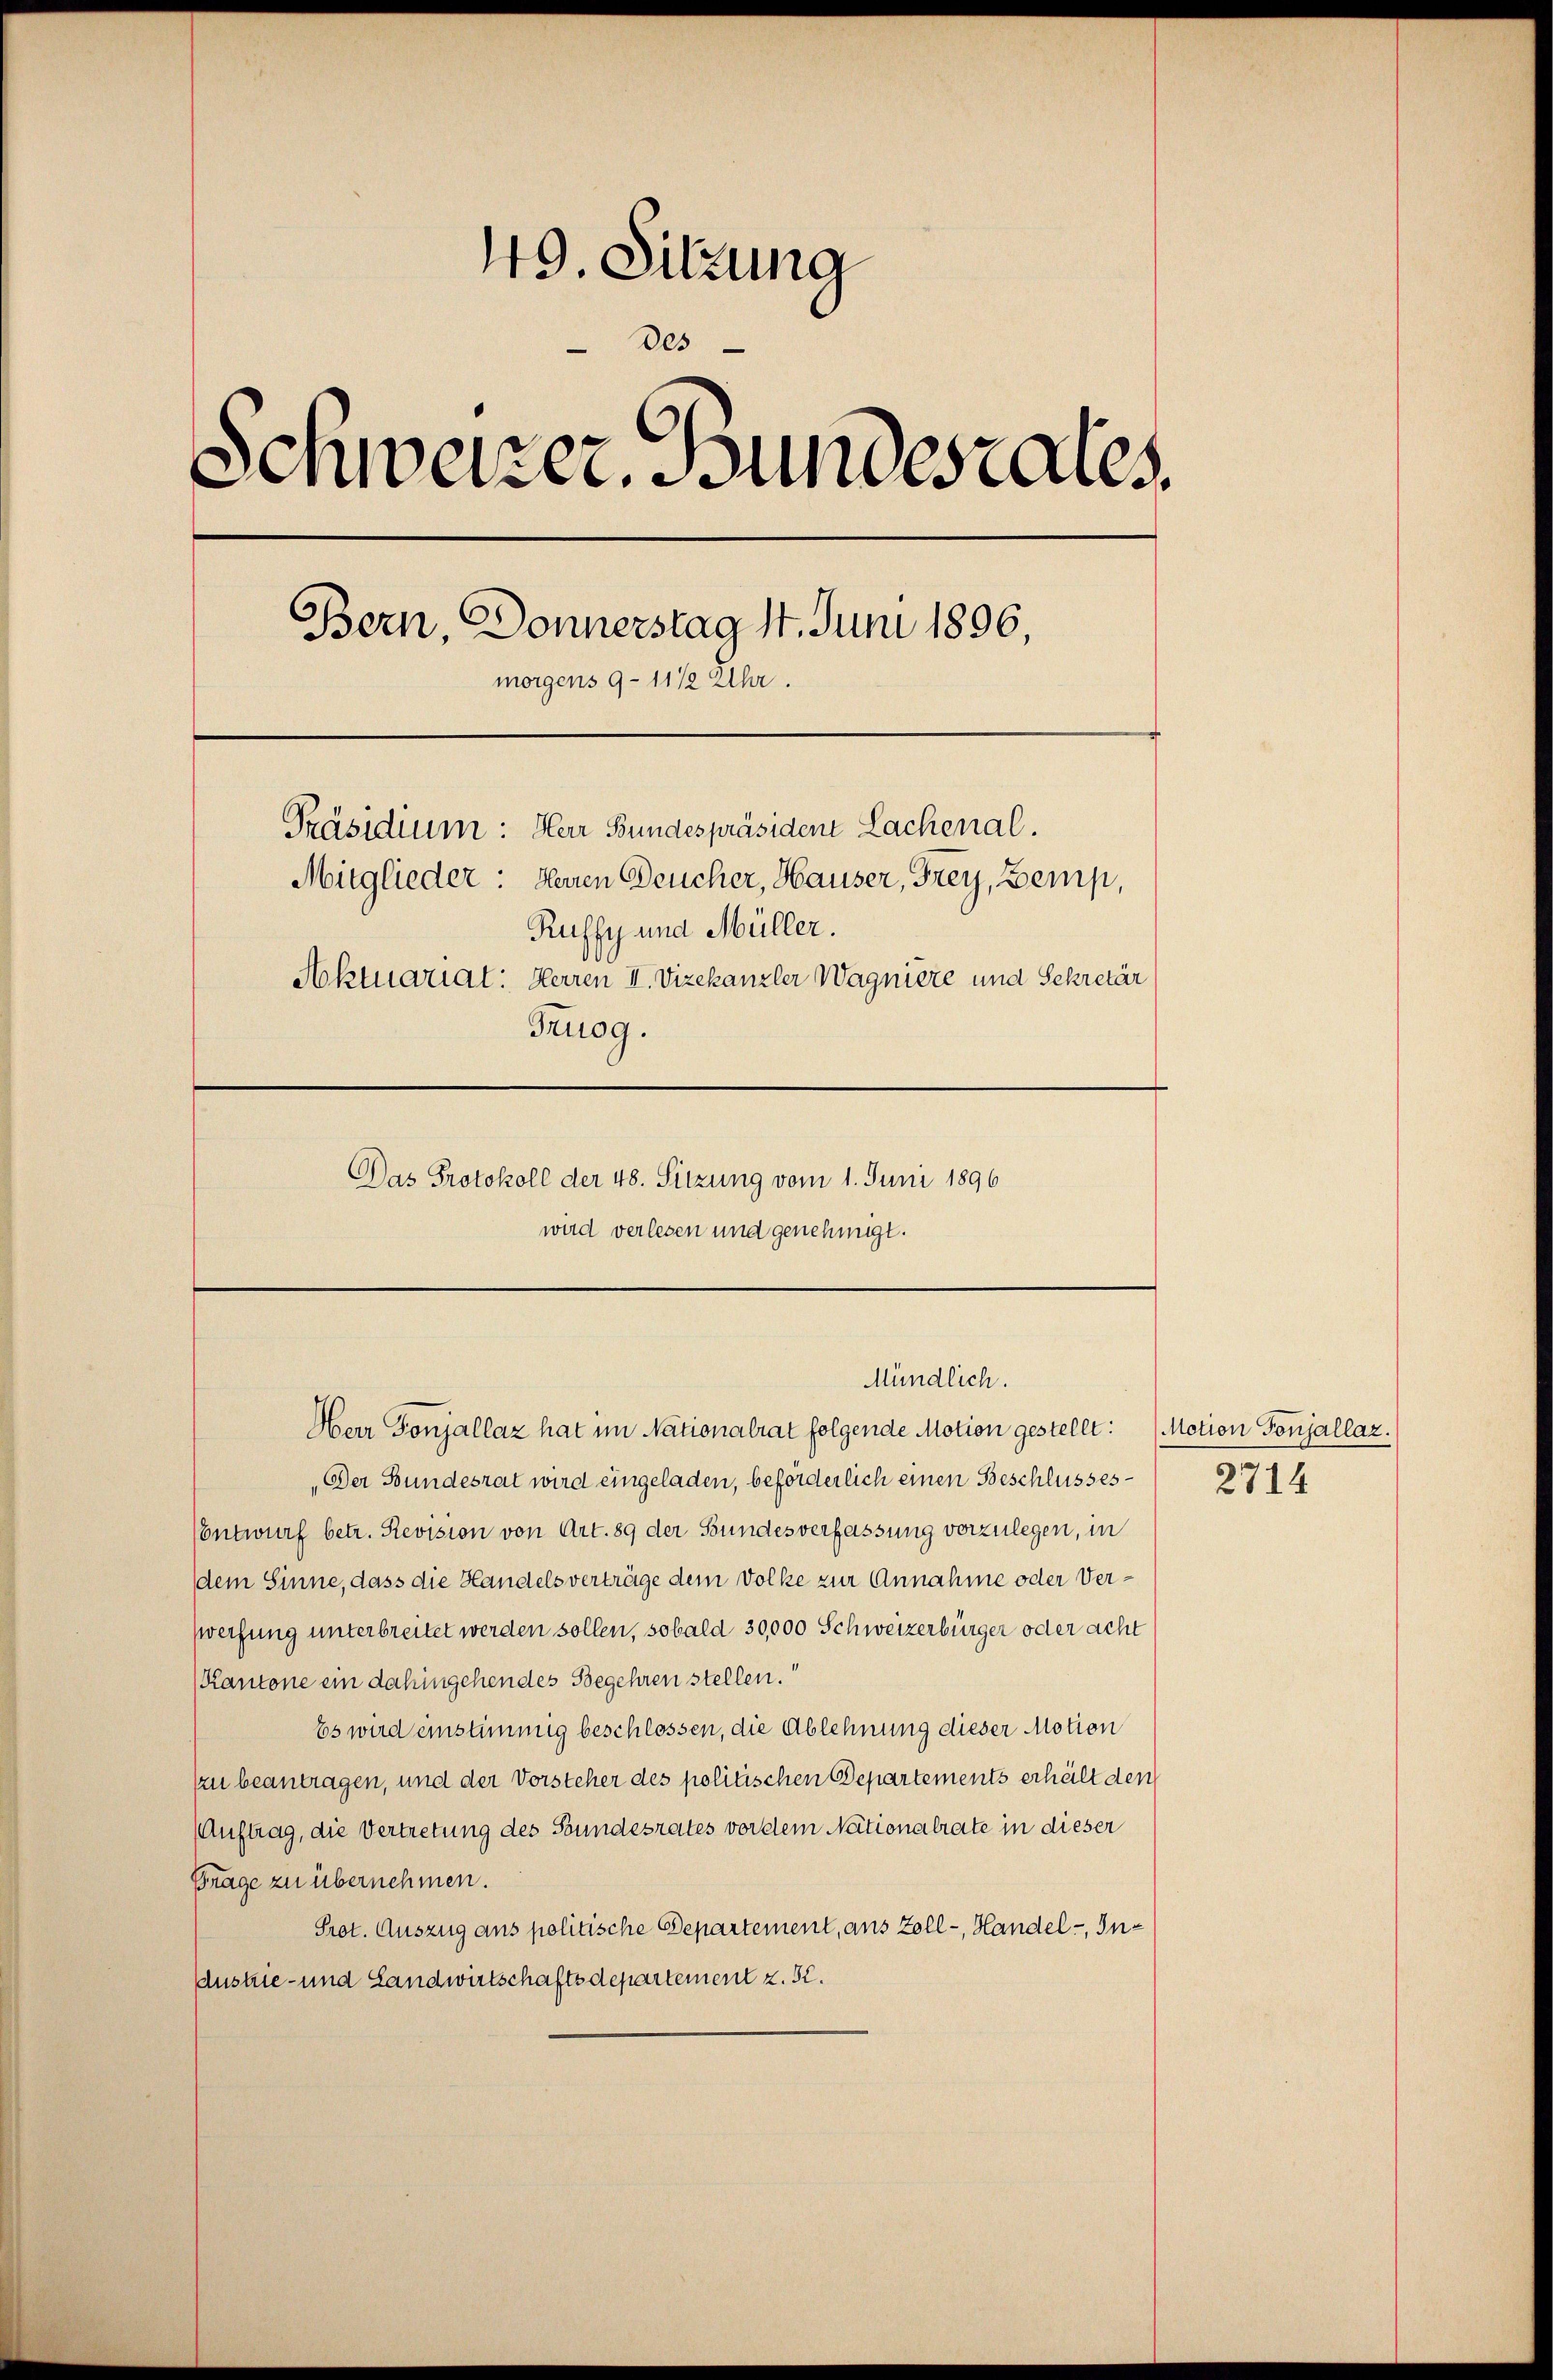
49. Sitzung
des
Schweizer. Bundesrates.
Bern Donnerstag 1. Juni 1896
morgens 9-11/2 Uhr.
Präsidium: Herr Bundespräsiden Lachenal.
Mitglieder: Herren Deucher, Hauser, Frey, Zemp,
Ruffy und Müller.
Aktuariat: Herren II. Vizekanzler Wagniere und Sekretär
Truog.
Das Protokoll der 48. Sitzung vom 1. Juni 1896
wird verlesen und genehmigt.

Mündlich.
Herr Fonjallaz hat im Nationalrat folgende Motion gestellt: (Motion Tonjallaz.

„Der Bundesrat wird eingeladen, beförderlich einen Beschlusses
(Entwurf betr. Revision von Art. 89 der Bundesverfassung vorzulegen, in
dem Sinne, dass die Handelsverträge dem Volke zur Annahme oder Ver¬
Zweifung unterbreitet werden sollen, sobald 30,000 Schweizerbürger oder acht
Kantone ein dahingehendes Begehren stellen.
Es wird einstimmig beschlossen, die Ablehnung dieser Motion
Zu beantragen, und der Vorsteher des politischen Departements erhält den
Auftrag, die Vertretung des Stundesrates vor dem Nationalrate in dieser
Frage zu übernehmen.
Prot. Auszug aus politische Departement, aus Zoll - Handel - In¬
Austrie- und Landwirtschaftsdepartement z. B.

2714